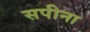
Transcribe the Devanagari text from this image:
सपीना